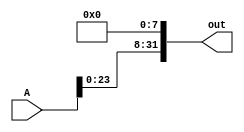
module sll8(out, A);
    input [31:0] A;
    output [31:0] out; 

    assign out[31:8] = A[23:0];
    assign out[7:0] = 0;

endmodule